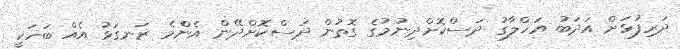
ދަރިފުޅަށް އަދަބު އަޚްލާގު ދަސްކޮށްދިނުމުގެ ގޮތުން ދަސްކޮށްދޭން އެންމެ ރަނގަޅު އެއް ބަހަކީ